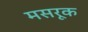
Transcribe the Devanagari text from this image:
मसरूक